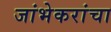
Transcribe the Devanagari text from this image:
जांभेकरांचा